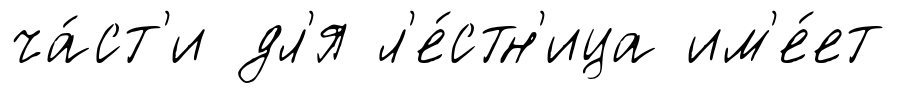
ча́ст'и дл'я л'е́стн'ица им'е́ет